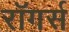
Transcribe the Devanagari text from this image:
रॉगर्स